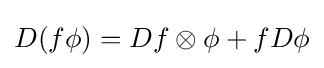
D(f\phi )=Df\otimes \phi +fD\phi